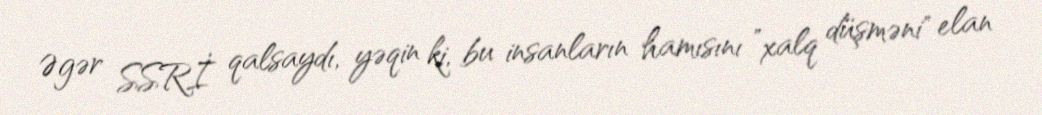
Əgər SSRİ qalsaydı, yəqin ki, bu insanların hamısını ”xalq düşməni" elan